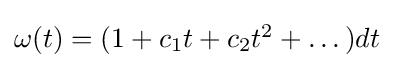
{\textstyle \omega (t)=(1+c_{1}t+c_{2}t^{2}+\dots )dt}